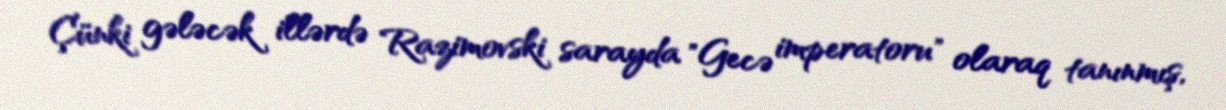
Çünki gələcək illərdə Razimovski sarayda "Gecə imperatoru" olaraq tanınmış,